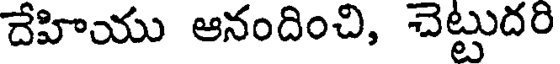
దేహియు ఆనందించి, చెట్టుదరి